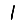
Digit: 1